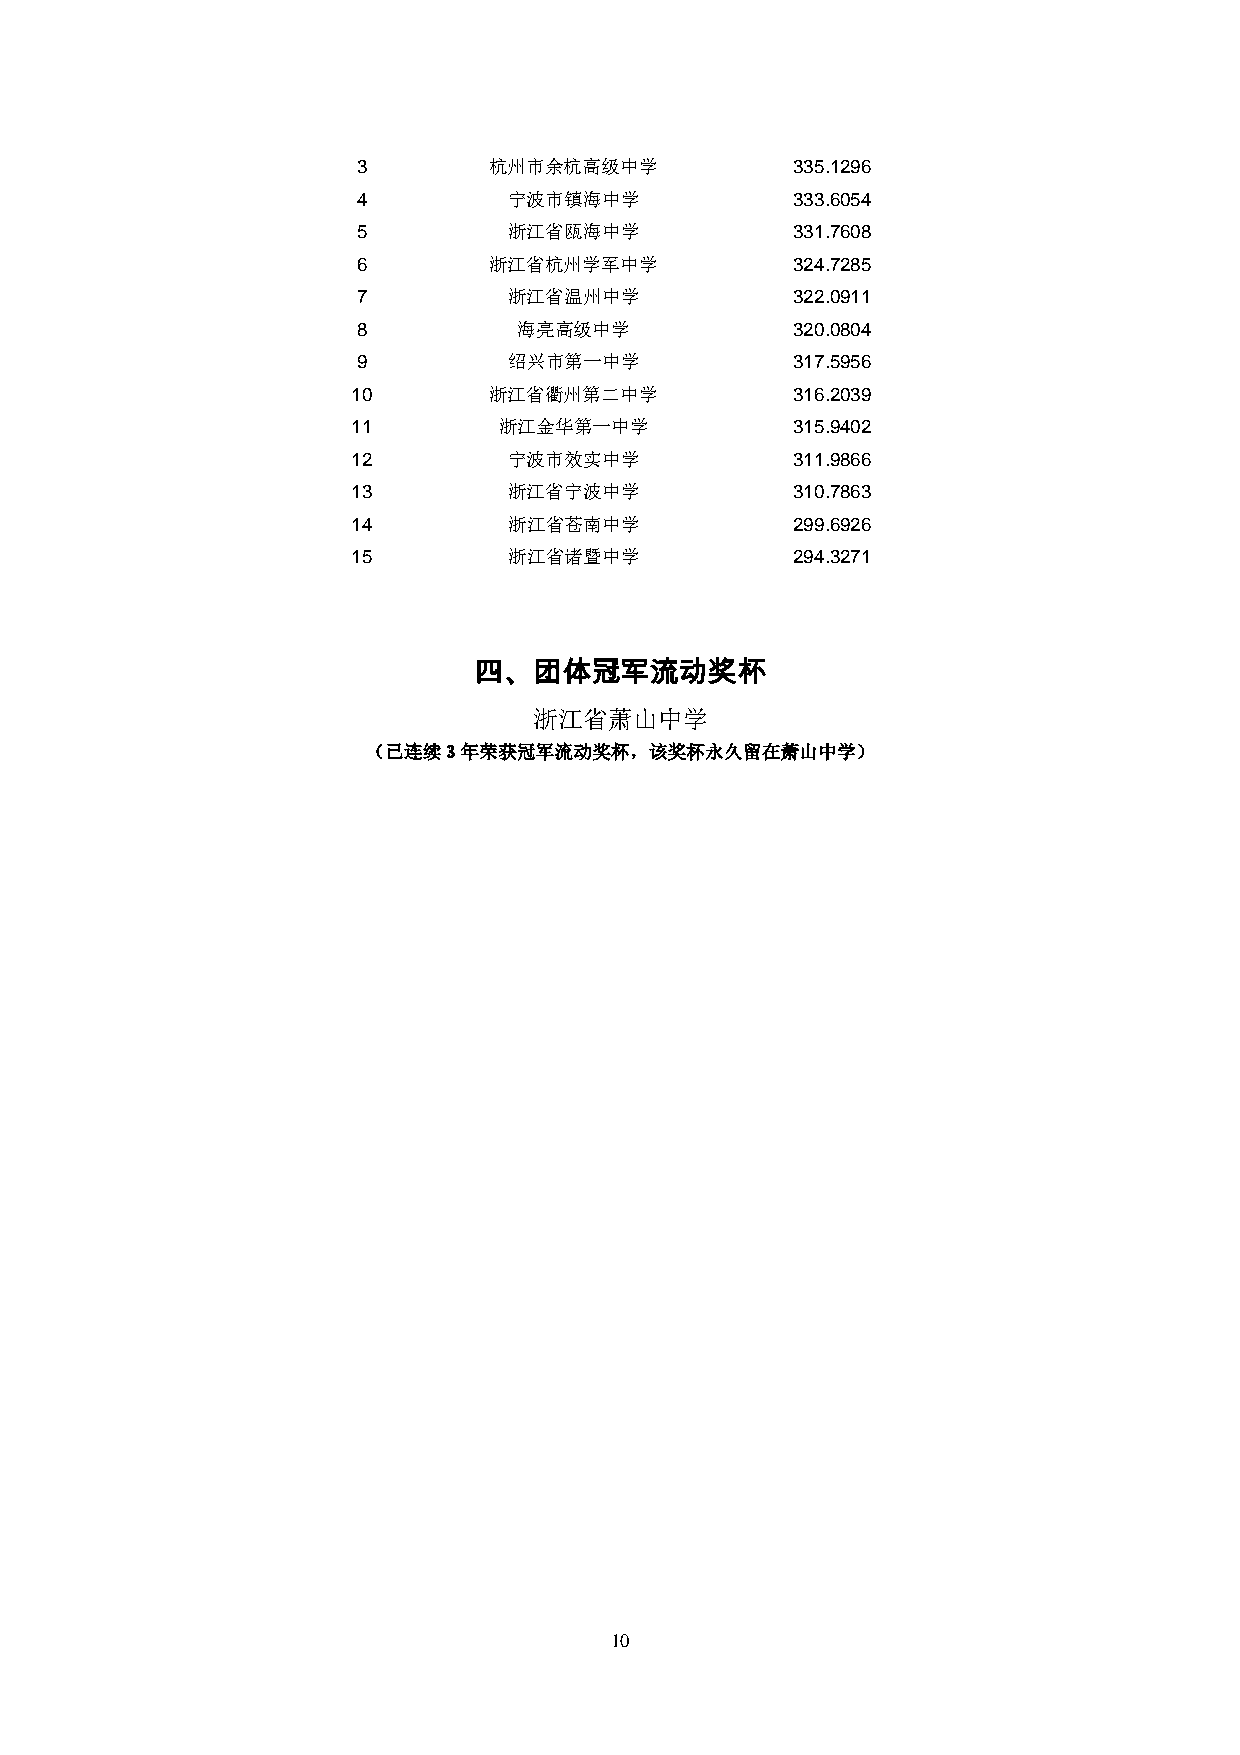
3       杭州市余杭高级中学           335.1296
 4         宁波市镇海中学           333.6054
 5         浙江省瓯海中学           331.7608
 6       浙江省杭州学军中学           324.7285
 7         浙江省温州中学           322.0911
 8         海亮高级中学            320.0804
 9         绍兴市第一中学           317.5956
 10       浙江省衢州第二中学           316.2039
 11        浙江金华第一中学           315.9402
 12         宁波市效实中学           311.9866
 13         浙江省宁波中学           310.7863
 14         浙江省苍南中学           299.6926
 15         浙江省诸暨中学           294.3271
 四、团体冠军流动奖杯
 浙江省萧山中学
 （已连续3年荣获冠军流动奖杯，该奖杯永久留在萧山中学）
 10